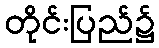
တိုင်းပြည်၌